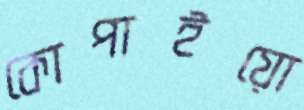
কোপাইয়ো